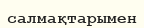
салмақтарымен